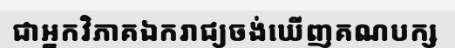
ជាអ្នកវិភាគឯករាជ្យចង់ឃើញគណបក្ស